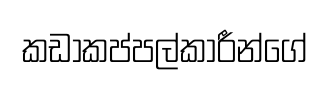
කඩාකප්පල්කාරීන්ගේ